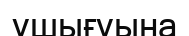
ушығуына